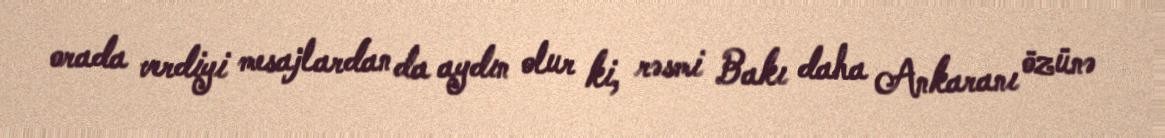
orada verdiyi mesajlardan da aydın olur ki, rəsmi Bakı daha Ankaranı özünə